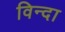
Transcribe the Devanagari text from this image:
विन्दा